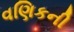
વણિકની